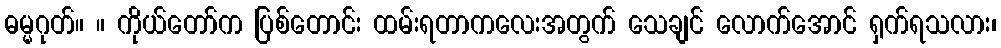
ဓမ္မဂုတ်။ ။ ကိုယ်တော်က ပြစ်တောင်း ထမ်းရတာကလေးအတွက် သေချင် လောက်အောင် ရှက်ရသလား၊